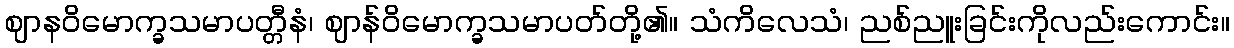
ဈာနဝိမောက္ခသမာပတ္တီနံ၊ ဈာန်ဝိမောက္ခသမာပတ်တို့၏။ သံကိလေသံ၊ ညစ်ညူးခြင်းကိုလည်းကောင်း။